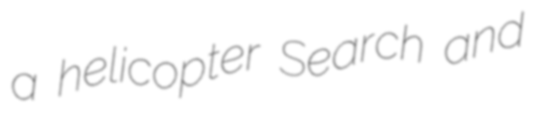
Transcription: a helicopter Search and